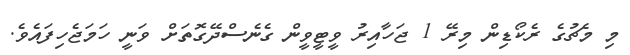
މި މެޗުގެ ރެކޯޑިން މިރޭ 1 ޖަހާއިރު ވީޓީވީން ގެނެސްދޭގޮތަށް ވަނީ ހަމަޖެހިފައެވެ.